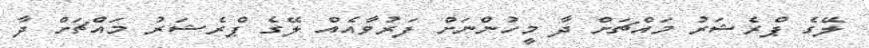
ލޭގެ ޕްރެޝަރު މައްޗަށް ދާ މީހުންނަށް ފަރުވާއެއް ލޭގެ ޕްރެޝަރު މައްޗަށް ދާ